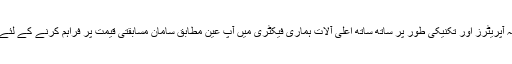
ہم بہت سے پیشہ ورانہ آپریٹرز اور تکنیکی طور پر ساتھ ساتھ اعلی آلات ہماری فیکٹری میں آپ عین مطابق سامان مسابقتی قیمت پر فراہم کرنے کے لئے متعارف کرائے ہیں ۔